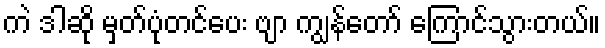
ကဲ ဒါဆို မှတ်ပုံတင်ပေး ဗျာ ကျွန်တော် ကြောင်သွားတယ်။